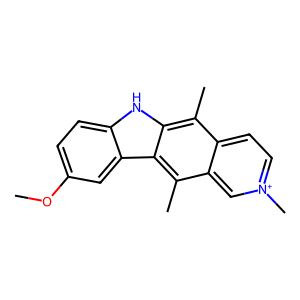
SMILES: COc1ccc2[nH]c3c(C)c4cc[n+](C)cc4c(C)c3c2c1
Inhibits HIV replication: No